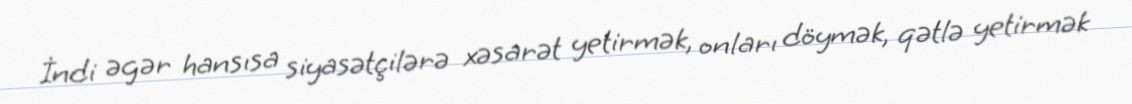
İndi əgər hansısa siyasətçilərə xəsarət yetirmək, onları döymək, qətlə yetirmək